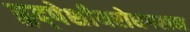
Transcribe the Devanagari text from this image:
हृद्‌पेशीयरोधगलन